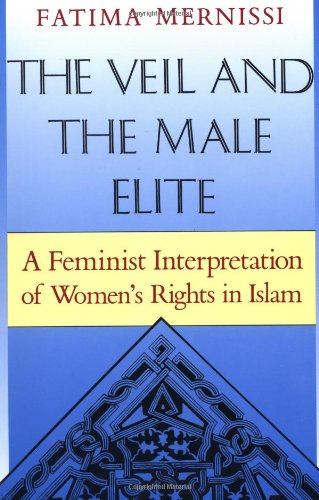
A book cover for The Veil And The Male Elite: A Feminist Interpretation Of Women's Rights In Islam; Fatima Mernissi; Religion & Spirituality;